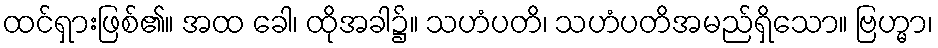
ထင်ရှားဖြစ်၏။ အထ ခေါ၊ ထိုအခါ၌။ သဟံပတိ၊ သဟံပတိအမည်ရှိသော။ ဗြဟ္မာ၊